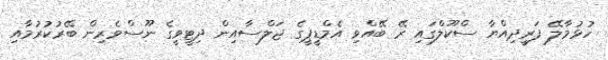
ހުޅުމާލޭ ފަރީދިއްޔާ ސްކޫލްގައި ރޭ ބޭއްވި އެމްޑީޕީގެ ޖަލްސާއިން ދިޓީވީގެ ނޫސްވެރިން ބޭރުކުރުމާއި